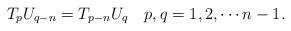
LaTeX: \begin{align*}T_{p}U_{q-n}=T_{p-n}U_{q}\quad p,q=1,2,\cdots n-1.\end{align*}